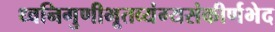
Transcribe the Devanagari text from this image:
ध्वनिगुणीभूतव्यंग्यसंकीर्णभेद